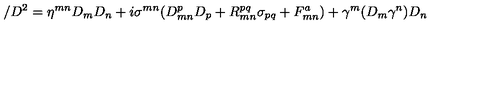
/ D ^ { 2 } = \eta ^ { m n } D _ { m } D _ { n } + i \sigma ^ { m n } ( D _ { m n } ^ { p } D _ { p } + R _ { m n } ^ { p q } \sigma _ { p q } + F _ { m n } ^ { a } ) + \gamma ^ { m } ( D _ { m } \gamma ^ { n } ) D _ { n } \,